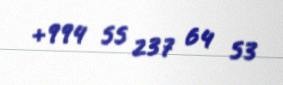
+994 55 237 64 53